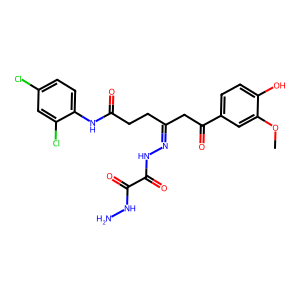
SMILES: COc1cc(C(=O)CC(CCC(=O)Nc2ccc(Cl)cc2Cl)=NNC(=O)C(=O)NN)ccc1O
Inhibits HIV replication: No